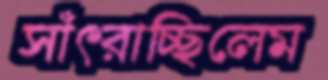
সাঁৎরাচ্ছিলেম